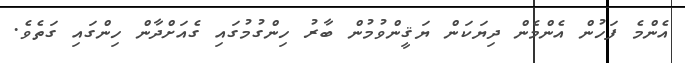
އެންމެ ފަހުން އެންމެން ދިޔަކަން ޔަޤީންވުމުން ބާރު ހިންގުމުގައި ގެއަށްދާން ހިންގައި ގަތެވެ.